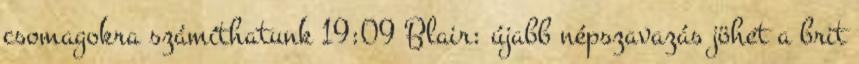
csomagokra számíthatunk 19:09 Blair: újabb népszavazás jöhet a brit